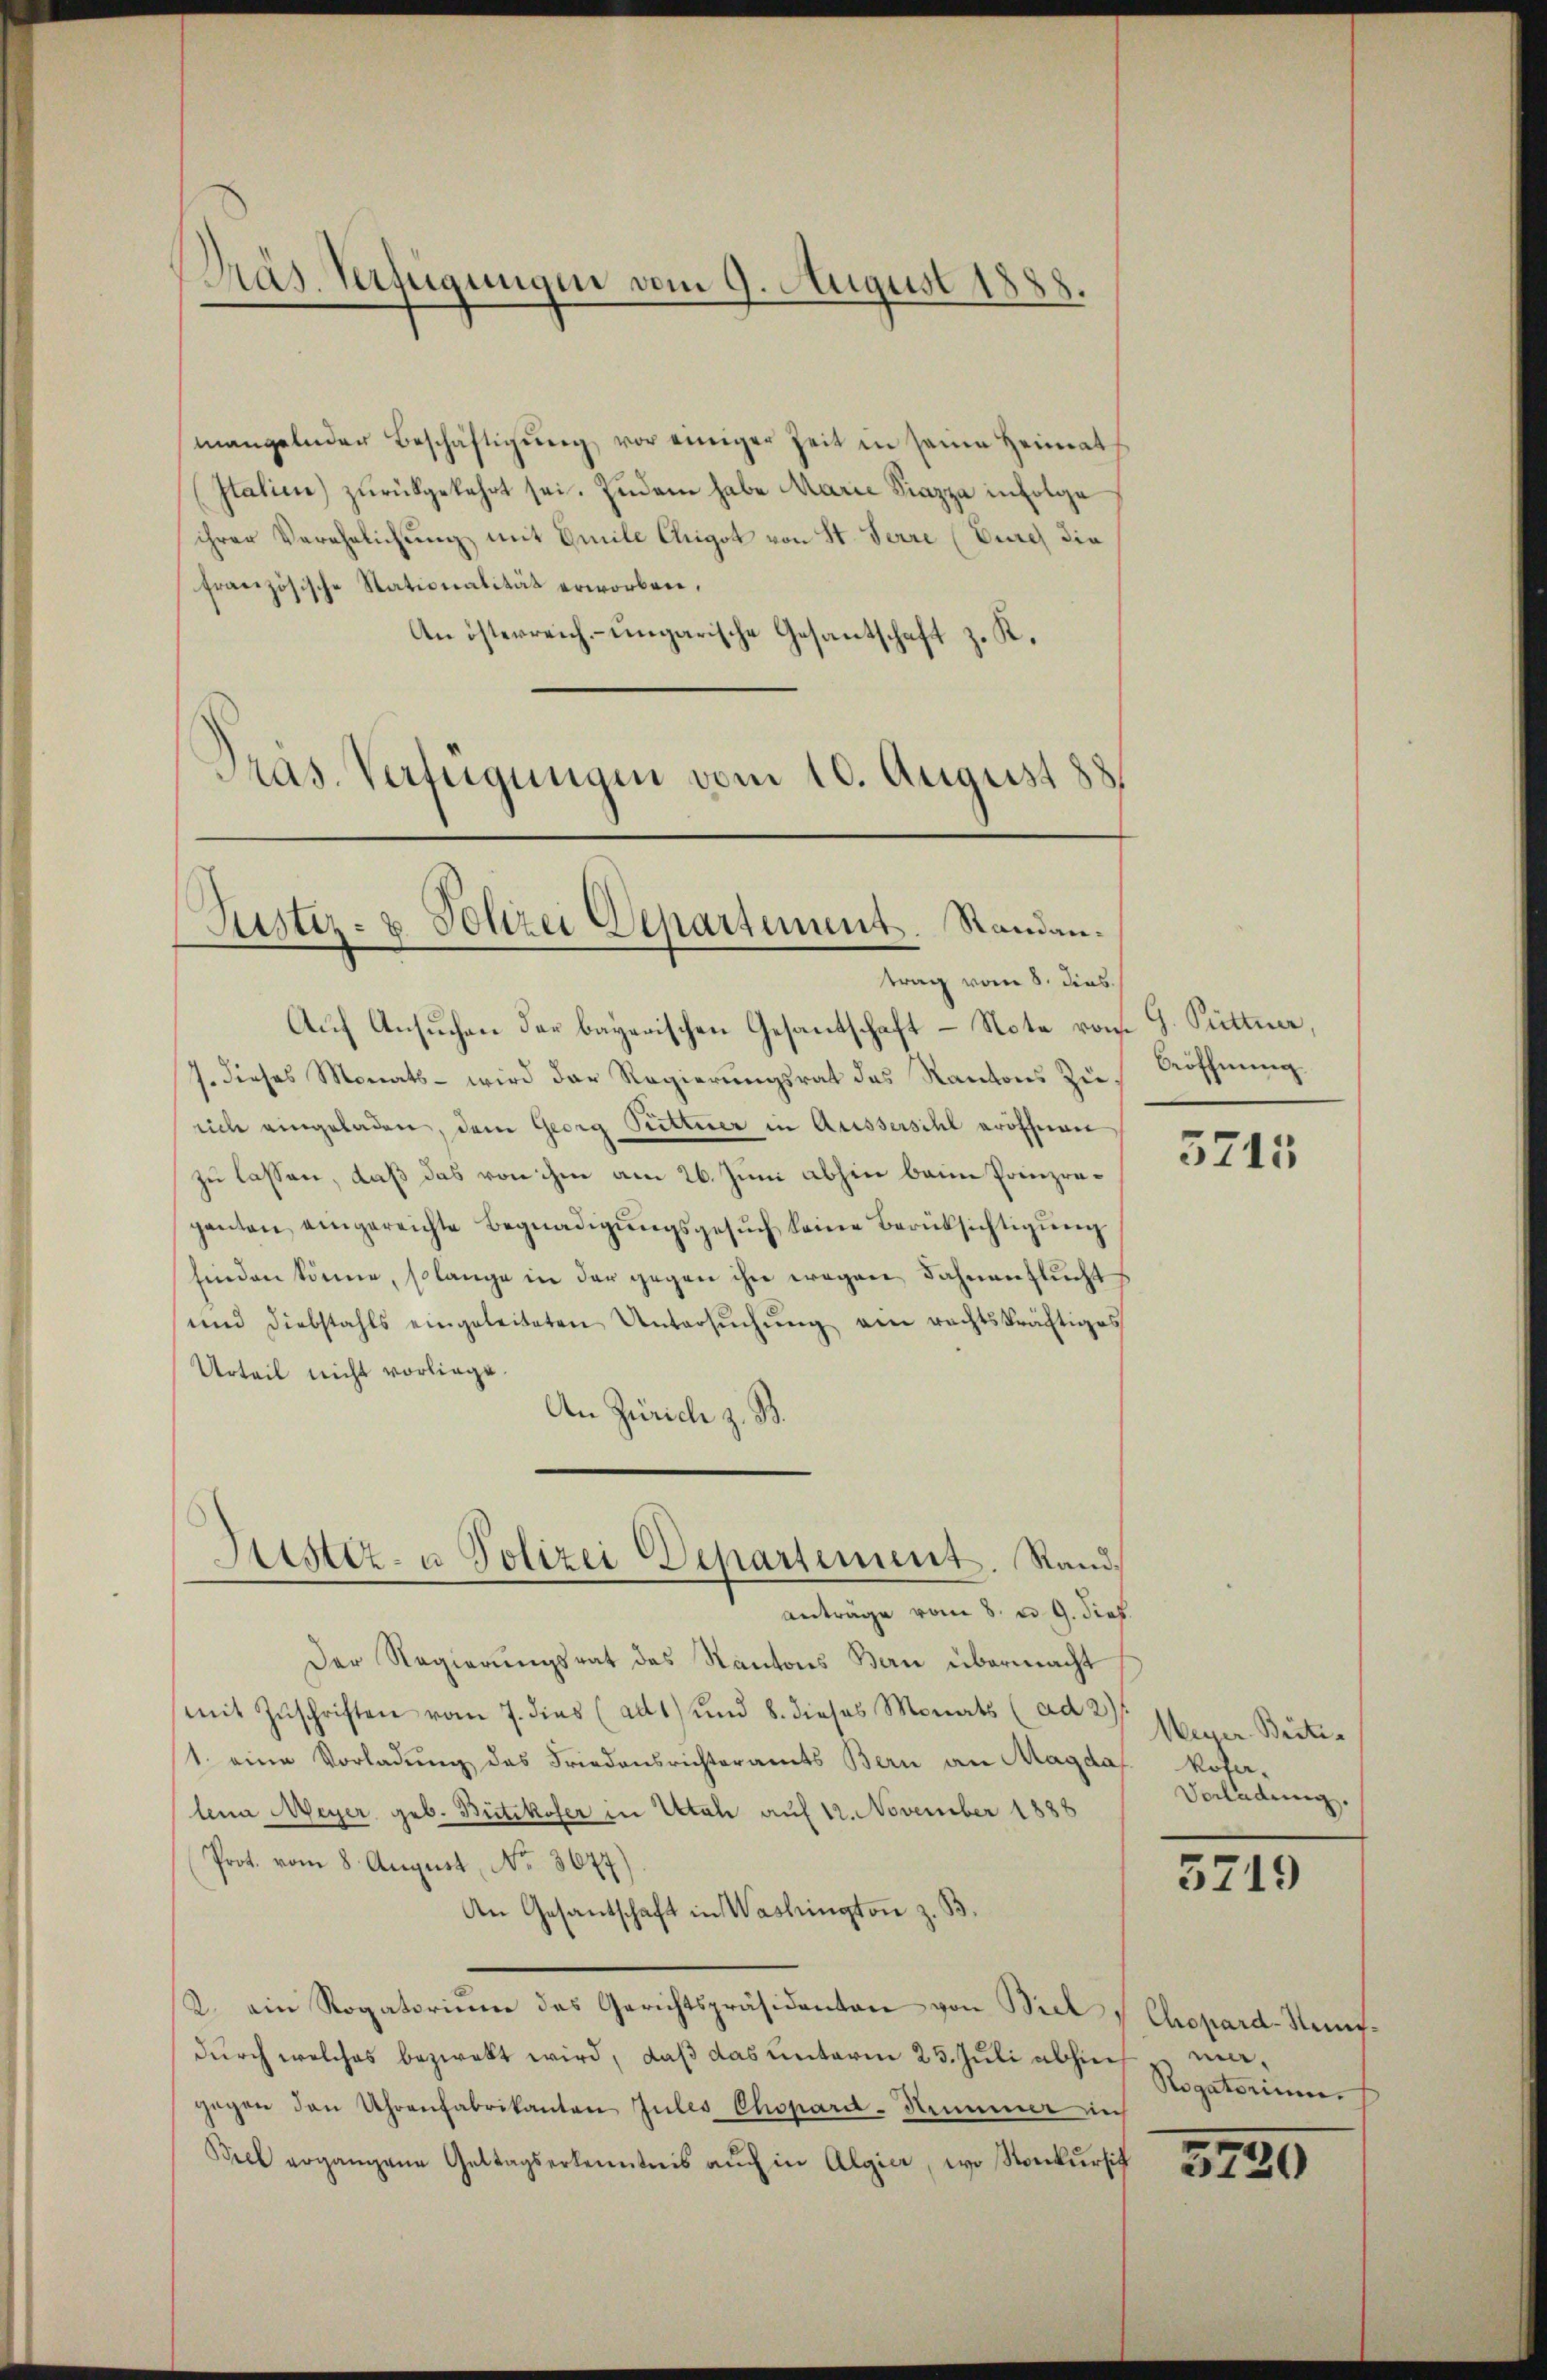
Präs. Verfügungen vom 9. August 1888.

mangelnder Beschäftigŭng vor einiger Zeit in seine Heimat
Italien) zŭrückgekehrt sei. Zudem habe Marie Piazza infolge
ihrer Verehelichung mit Gmile Chigot von St. Ferre (Durch die
französische Stationalität erworben.
An österreich-ungarische Gesantschaft z. K.
Präs. Verteigungen vom 10. August 88

Justiz- & Polizei Departement. Randantrag vom 8. dies

Auf Ansuchen der bayerischen Gesantschaft – Note vom 9. Püttner,
7. dieses Monats - wird der Regierungsrat des Kantons Zu
eich eingeladen, dem Georg Pitterer in Aussersihl eröffnen
zu lassen, daß das von ihm am 26. Juni abhin beim Prinzrapanton eingereichte Begnadigungsgesuch keine Berüksichtigung
finden könne, so lange in der gegen ihn wegen Fahnantlŭchts
und Diebstahls eingeleiteten Untersŭchŭng ein rechtskräftiges
Urteil nicht vorliege
An Zürich z. B.
Der Regierungsrat des Kantons Bern übermacht
mit Zŭschriften vom 7. dies (ad1) und 8. dieses Monats (ad 2. 16. Briti-
1. eine Vorladung des Friedensrichteramts Bern an Magdas Koser-
lena Meyer geb. Bütikofer in Utah auf 12. November 1888
Prot. vom 8. August, No. 3677)
An Gesantschaft in Washington z. B.
2. ein Rogatoriŭm des Gerichtspräsidenten von Biel "Chopard-Rempdurch welches bezweckt wird, daß das unterm 25. Juli abhin
gegen den Uhrenfabrikanton Zules Chopard-Summer in
Biel ergangene Geltagserkenntnis aŭch in Algier, wo Konkursich

Justiz- u Polizei Departement. Stand,
anträge vom 8. u. 9. Prof.

Bröffnung

3715

Vorladung.

5719

ma.
Rogatorium

3799